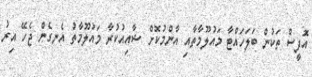
އޮފީސް ތަކުން ބަލަހައްޓާ މައުލޫމާތާއި އާންމުކޮށް ޝާއިއުކުރާ މައުލޫމާތު އެނގެން ޖެހޭ އިރު